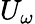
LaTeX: U_{\omega}